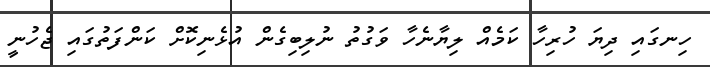
ހިނގައި ދިޔަ ހުރިހާ ކަމެއް ލިޔާނެހާ ވަގުތު ނުލިބިގެން އުޅެނިކޮށް ކަންފަތުގައި ޖެހުނީ